Report of the Municipal Commissioner on the plague in Bombay for the year ending 31st May... - Volume 2
Disease focus: Plague
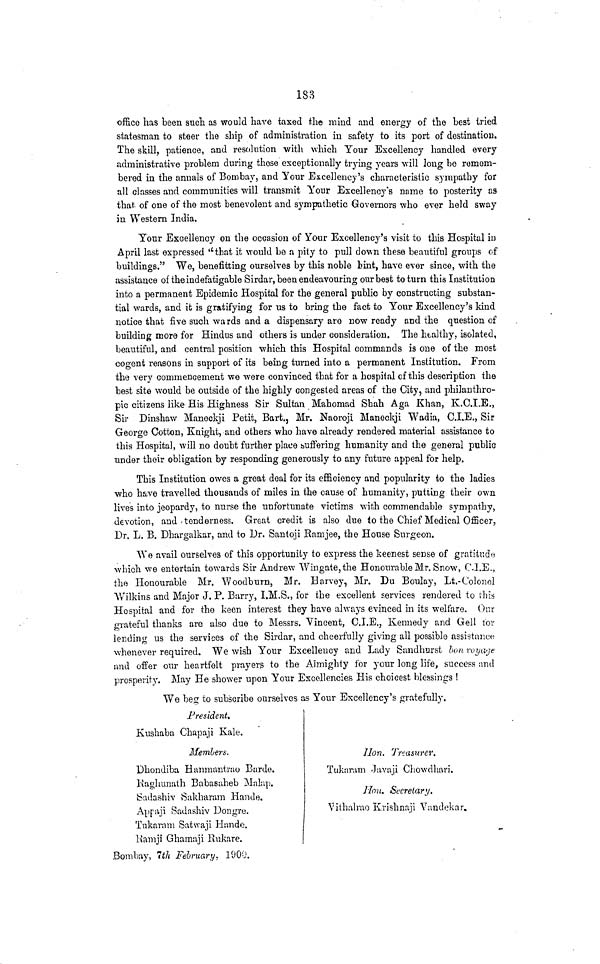
183
office has been such as would have taxed the mind and energy of the best tried
statesman to steer the ship of administration in safety to its port of destination.
The skill, patience, and resolution with which Your Excellency handled every
administrative problem during those exceptionally trying years will long bo remem-
bered in the annals of Bombay, and Your Excellency's characteristic sympathy for
all classes and communities will transmit Your Excellency's name to posterity as
that of one of the most benevolent and sympathetic Governors who ever held sway
in Western India.
Yonr Excellency on the occasion of Your Excellency's visit to this Hospital in
April last expressed ''that it would be a pity to pull down these beautiful groups of
buildings." We, benefiting ourselves by this noble bint, have ever since, with the
assistance of the indefatigable Sirdar, been endeavouring our best to turn this Institution
into a permanent Epidemic Hospital for the general public by constructing substan-
tial wards, and it is gratifying for us to bring the fact to Your Excellency's kind
notice that five such wards and a dispensary are now ready and the question of
building more for Hindus and others is under consideration. The healthy, isolated,
beautiful, and central position which this Hospital commands is one of the most
cogent reasons in support of its being turned into a permanent Institution. From
the very commencement we were convinced that for a hospital of this description the
best site would be outside of the highly congested areas of the City, and philanthro-
pic citizens like His Highness Sir Sultan Mahomad Shah Aga Khan, K.C.I.E.,
Sir Dinshaw Maneckji Petit, Bart., Mr. Naoroji Maneckji Wadia, C.I.E., Sir
George Cotton, Knight, and others who have already rendered material assistance to
this Hospital, will no doubt further place buffering humanity and the general public
under their obligation by responding generously to any future appeal for help.
This Institution owes a great deal for its efficiency and popularity to the ladies
who have travelled thousands of miles in the cause of humanity, putting their own
lives into jeopardy, to nurse the unfortunate victims with commendable sympathy,
devotion, and .tenderness. Great credit is also due to the Chief Medical Officer,
Dr. L. B. Dhargalkar, and to Dr. Santoji Ramjee, the House Surgeon.
We avail ourselves of this opportunity to express the keenest sense of gratitude
which we entertain towards Sir Andrew Wingate,the Honourable Mr. Snow, C.I.E.,
the Honourable Mr. Woodburn, Mr. Harvey, Mr. Du Boulay, Lt.-Colonel
AVilkins and Major J. P. Barry, I.M.S., for the excellent services rendered to this
Hospital and for the keen interest they have always evinced in its welfare. Our
grateful thanks are also due to Messrs. Vincent, C.I.E., Kennedy and Gell for
lending us the services of the Sirdar, and cheerfully giving all possible assistance
whenever required. We wish Your Excellency and Lady Sandhurst ban voyage
and offer our heartfelt pray erg to the Almighty for your long life, success and
prosperity. May He shower upon Your Excellencies His choicest blessings !
We be<r to subscribe ourselves as Your Excellency's gratefully.
President.
Kushaba Chapaji Kale.
Members.
Dhondiba Hanmantrao Barde.
Kaghunath Babasaheb Maltip.
ISadashiv Sakharam Hande.
Appvji Sadashiv Dongre.
Tukaram Satwaji Hande.
Ivamji Ghamaji Rukare.
Hon. Treasurer.
Tukaruin Juvaji Chowdhari.
Hon. Secretary.
Vithalrao Krishnaji Yandekar.
Bombay, 1th February, 1900.